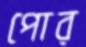
পোর